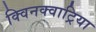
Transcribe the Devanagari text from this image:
क्विनक्वाट्रिया